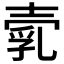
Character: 𡔵